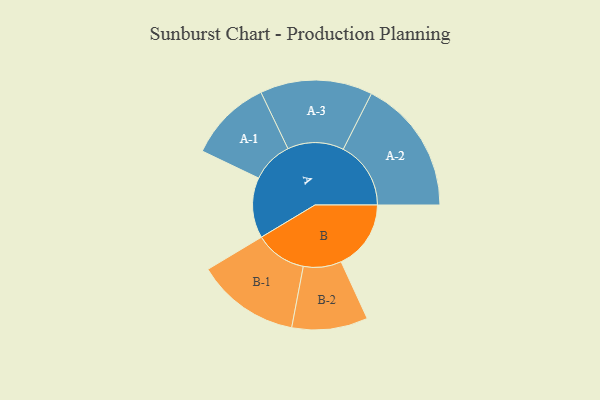
{"axis": {"x": "Segment", "y": "Value"}, "legend": ["", "A", "B"], "data": [{"x": "A", "y": 239, "type": ""}, {"x": "B", "y": 276, "type": ""}, {"x": "A-1", "y": 164, "type": "A"}, {"x": "A-2", "y": 267, "type": "A"}, {"x": "A-3", "y": 222, "type": "A"}, {"x": "B-1", "y": 204, "type": "B"}, {"x": "B-2", "y": 150, "type": "B"}]}